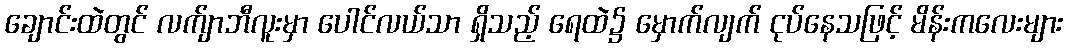
ချောင်းထဲတွင် လက်ျာဘီလူးမှာ ပေါင်လယ်သာ ရှိသည့် ရေထဲ၌ မှောက်လျက် ငုပ်နေသဖြင့် မိန်းကလေးများ